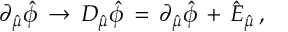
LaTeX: \partial _ { \hat { \mu } } \hat { \phi } \, \rightarrow \, { \cal D } _ { \hat { \mu } } \hat { \phi } \, = \, \partial _ { \hat { \mu } } \hat { \phi } \, + \, \hat { \cal E } _ { \hat { \mu } } \, ,